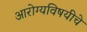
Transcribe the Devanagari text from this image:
आरोग्यविषयीचे